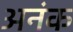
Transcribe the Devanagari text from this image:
अनंक